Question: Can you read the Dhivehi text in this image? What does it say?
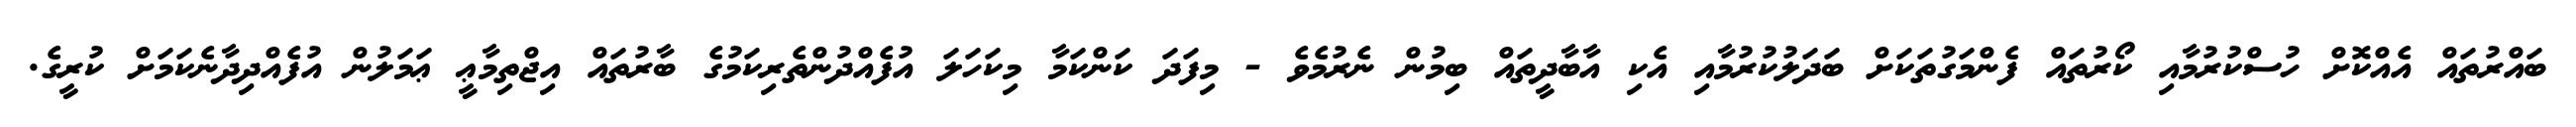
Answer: ބައްރުތައް އެއްކޮށް ހުސްކުރުމާއި ކޯރުތައް ފެންމަގުތަކަށް ބަދަލުކުރުމާއި އެކި އާބާދީތައް ބިމުން ނެރުމެވެ - މިފަދަ ކަންކަމާ މިކަހަލަ އުފެއްދުންތެރިކަމުގެ ބާރުތައް އިޖްތިމާޢީ ޢަމަލުން އުފެއްދިދާނެކަމަށް ކުރީގެ.